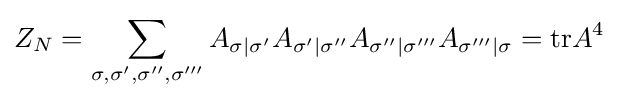
Z_{N}=\sum _{\sigma ,\sigma ',\sigma '',\sigma '''}A_{\sigma |\sigma '}A_{\sigma '|\sigma ''}A_{\sigma ''|\sigma '''}A_{\sigma '''|\sigma }={\textrm {tr}}A^{4}